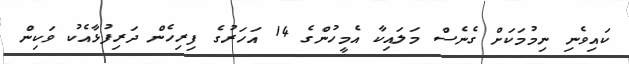
ކައިވެނި ނިމުމަކަށް ގެނެސް މަލައިކާ އެމީހުންގެ 14 އަހަރުގެ ފިރިހެން ދަރިފުޅާއެކު ވަކިން